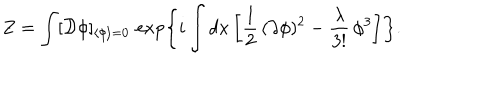
LaTeX: Z = \int [ { \cal D } \phi ] _ { \langle \phi \rangle = 0 } \, \exp \left\{ i \int d x \left[ \frac { 1 } { 2 } \, ( \partial \phi ) ^ { 2 } - \frac { \lambda } { 3 ! } \, \phi ^ { 3 } \right] \right\} .